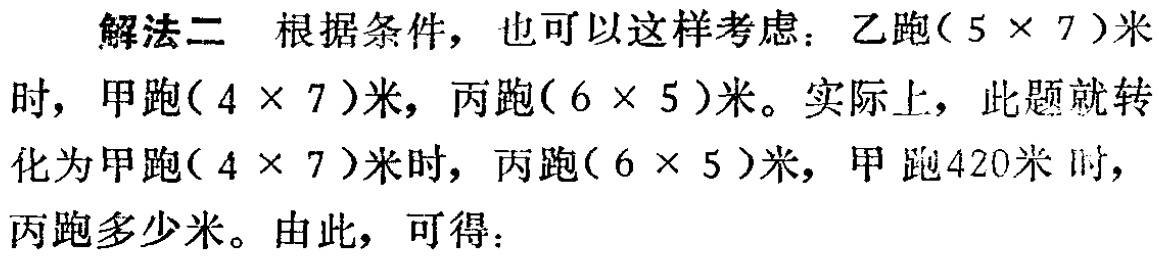
解法二 根据条件，也可以这样考虑：乙跑\((5\times 7)\)米时，甲跑\((4\times 7)\)米，丙跑\((6\times 5)\)米。实际上，此题就转化为甲跑\((4\times 7)\)米时，丙跑\((6\times 5)\)米，甲跑420米时，丙跑多少米。由此，可得：